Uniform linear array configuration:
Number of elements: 32
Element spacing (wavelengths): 1
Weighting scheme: binomial
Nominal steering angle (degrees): -15
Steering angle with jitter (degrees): -15.924
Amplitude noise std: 0.05
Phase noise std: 0.05

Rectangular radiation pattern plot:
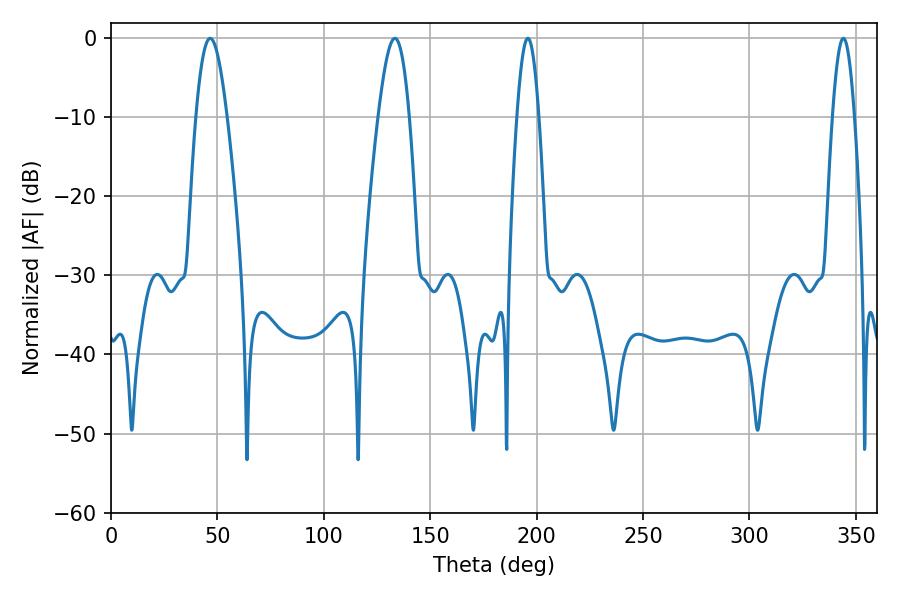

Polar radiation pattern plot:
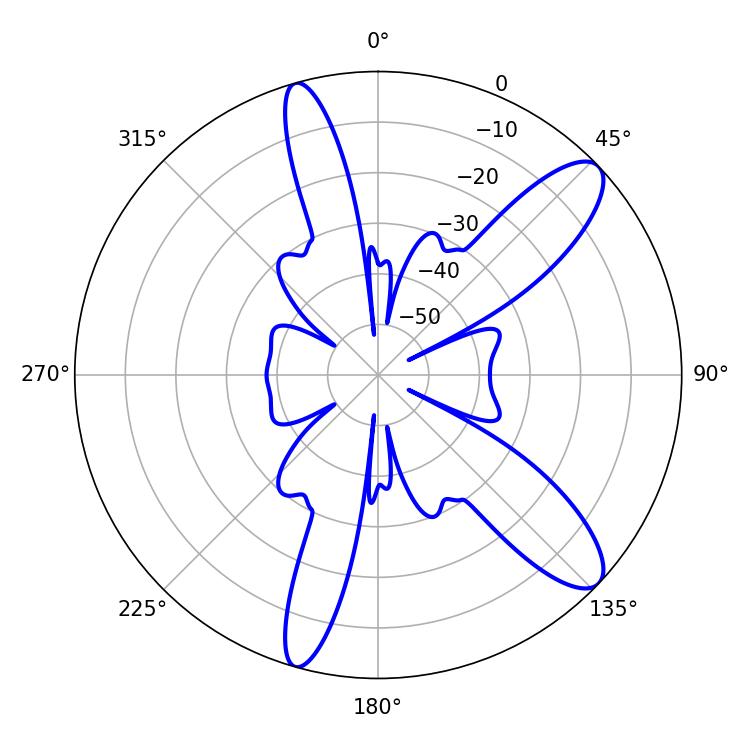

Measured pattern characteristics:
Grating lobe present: TRUE
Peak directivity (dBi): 10.947
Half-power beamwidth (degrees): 7.92
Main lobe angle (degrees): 46.62